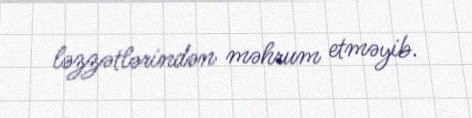
ləzzətlərindən məhrum etməyib.